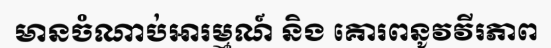
មានចំណាប់អារម្មណ៍ និង គោរពនូវវីរភាព